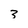
Character: 3